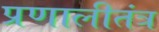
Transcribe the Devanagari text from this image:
प्रणालीतंत्र